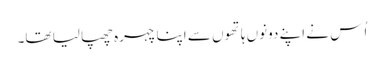
اُس نے اپنے دونوں ہاتھوں سے اپنا چہرہ چھپا لیا تھا۔